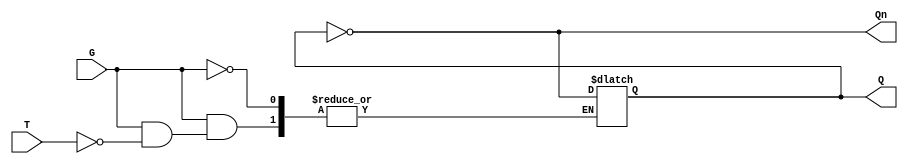
module GatedT_Latch (
    input wire T,      // Toggle Input
    input wire G,      // Gate Signal
    output reg Q,      // Output
    output wire Qn     // Complement Output
);

// Complement Output
assign Qn = ~Q;

// Process block to model the Gated T Latch behavior
always @(*) begin
    if (G) begin
        if (T) begin
            Q = ~Q; // Toggle state when T is high and G is high
        end
        // If T is low, Q remains unchanged (handled in the latch)
    end
    // If G is low, Q remains unchanged (handled in the latch)
end

endmodule